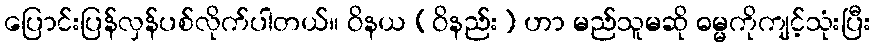
ပြောင်းပြန်လှန်ပစ်လိုက်ပါတယ်။ ဝိနယ (ဝိနည်း) ဟာ မည်သူမဆို ဓမ္မကိုကျင့်သုံးပြီး